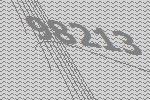
98213